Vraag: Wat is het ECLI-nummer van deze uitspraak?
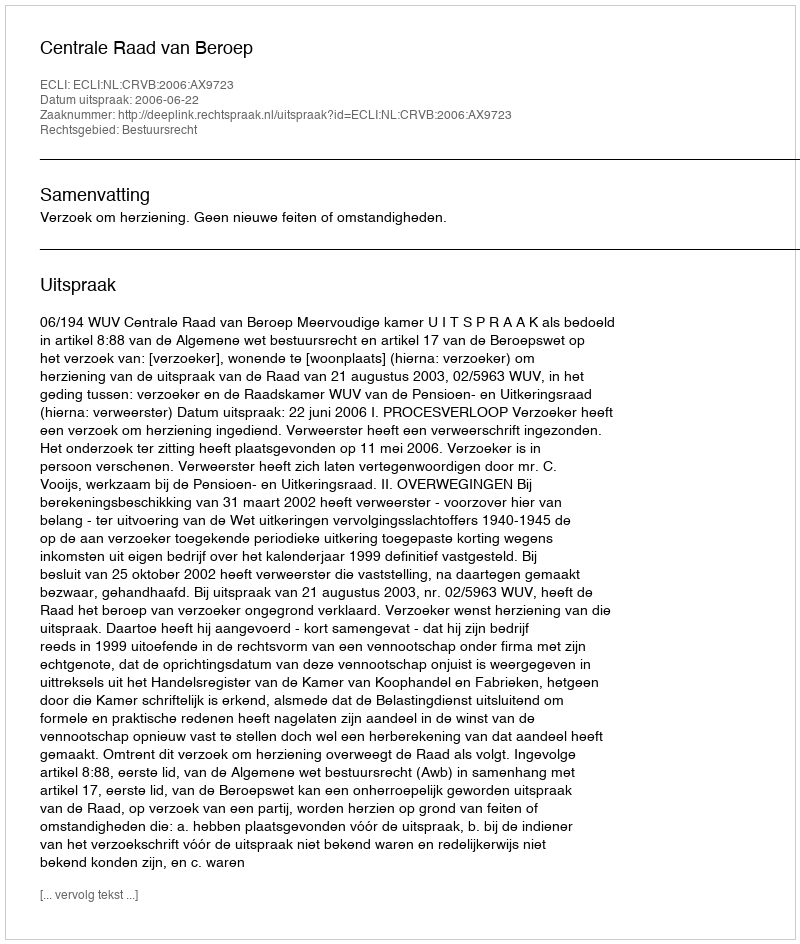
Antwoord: ECLI:NL:CRVB:2006:AX9723